Lunatic asylums Central Provinces reports 1874-1885 - 1874-1885
Year: 1874
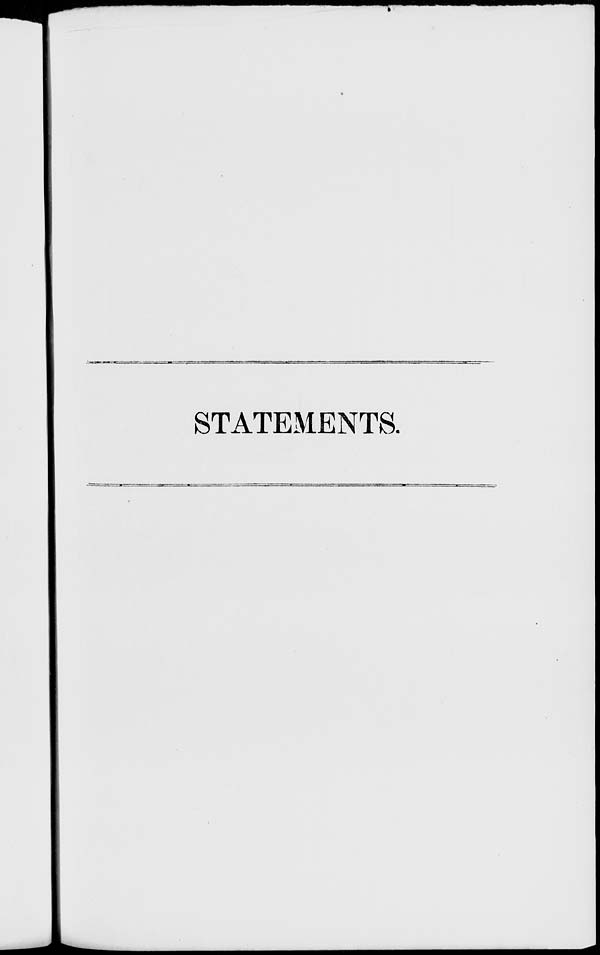
STATEMENTS.